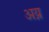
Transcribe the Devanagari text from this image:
अय्न